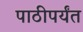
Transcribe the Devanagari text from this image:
पाठीपर्यंत